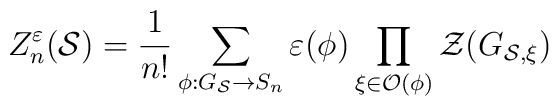
Z^{\varepsilon }_{n}(\mathcal{S})=\frac{1}{n!}\sum _{\phi :G_{\mathcal{S}}\rightarrow S_{n}}\varepsilon (\phi )\prod _{\xi \in \mathcal{O}(\phi )}\mathcal{Z}(G_{\mathcal{S},\xi })